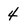
Character: 4